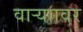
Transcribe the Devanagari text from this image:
वाऱ्याावर